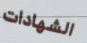
الشهادات